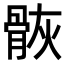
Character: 𩨿